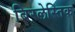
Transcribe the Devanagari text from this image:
बिरलेस्तिक